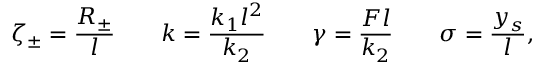
\zeta _ { \pm } = \frac { R _ { \pm } } { l } \qquad k = \frac { k _ { 1 } l ^ { 2 } } { k _ { 2 } } \qquad \gamma = \frac { F l } { k _ { 2 } } \qquad \sigma = \frac { y _ { s } } { l } ,